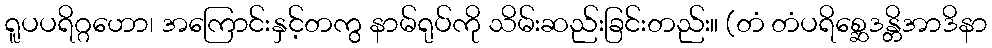
ရူပပရိဂ္ဂဟော၊ အကြောင်းနှင့်တကွ နာမ်ရုပ်ကို သိမ်းဆည်းခြင်းတည်း။ (တံ တံပရိစ္ဆေဒန္တိအာဒိနာ